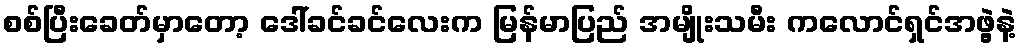
စစ်ပြီးခေတ်မှာတော့ ဒေါ်ခင်ခင်လေးက မြန်မာပြည် အမျိုးသမီး ကလောင်ရှင်အဖွဲ့နဲ့